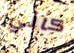
كالي